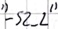
Text: "-S2_2"